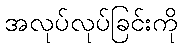
အလုပ်လုပ်ခြင်းကို